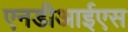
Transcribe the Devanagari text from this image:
एनडीआईएस